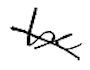
Text: be
Cross-out: diagonal
Writing tool: digital_black